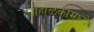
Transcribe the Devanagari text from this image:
न्याहाळकांमध्ये